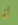
انا